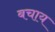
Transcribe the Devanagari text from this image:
बचाय